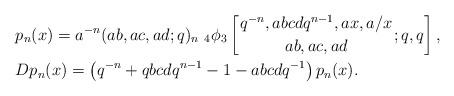
LaTeX: \begin{align*}&p_n(x)=a^{-n}(ab,ac,ad;q)_n\,\,{}_4\phi_3\left[ {q^{-n}, abcdq^{n-1},ax,a/x\atop ab,ac,ad};q,q \right],\\&D p_n(x)= \left(q^{-n}+qbcdq^{n-1}-1-abcdq^{-1}\right)p_n(x). \end{align*}